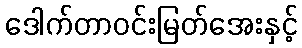
ဒေါက်တာဝင်းမြတ်အေးနှင့်